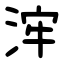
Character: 浶